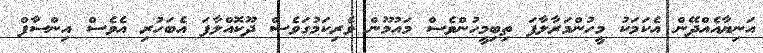
އަނިޔާއެއްދޭން އެކަމަކު މީހުންމަރާލާފަ ތިބިމީހުންވެސް މައުމޫން ވެރިކަމުގަވެސް ދޫކޮއްލާފަ އެބަހުރި އެވެސް އިންސާފް